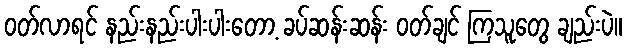
ဝတ်လာရင် နည်းနည်းပါးပါးတော့ ခပ်ဆန်းဆန်း ဝတ်ချင် ကြသူတွေ ချည်းပဲ။